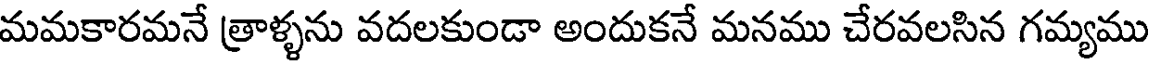
మమకారమనే త్రాళ్ళను వదలకుండా అందుకనే మనము చేరవలసిన గమ్యము